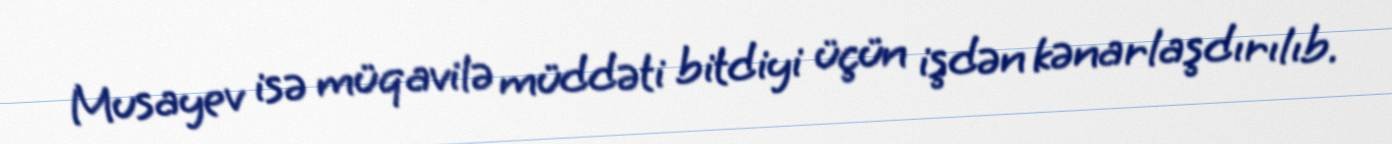
Musayev isə müqavilə müddəti bitdiyi üçün işdən kənarlaşdırılıb.